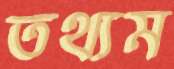
তথ্যম